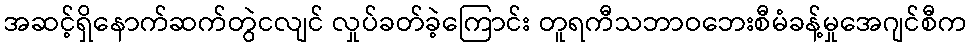
အဆင့်ရှိနောက်ဆက်တွဲငလျင် လှုပ်ခတ်ခဲ့ကြောင်း တူရကီသဘာဝဘေးစီမံခန့်မှုအေဂျင်စီက